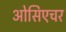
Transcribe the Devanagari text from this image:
ओसिएचर